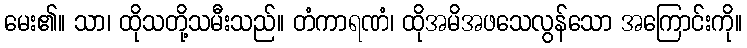
မေး၏။ သာ၊ ထိုသတို့သမီးသည်။ တံကာရဏံ၊ ထိုအမိအဖသေလွန်သော အကြောင်းကို။